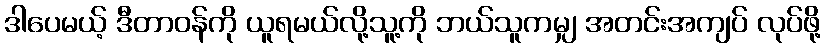
ဒါပေမယ့် ဒီတာဝန်ကို ယူရမယ်လို့သူ့ကို ဘယ်သူကမျှ အတင်းအကျပ် လုပ်ဖို့